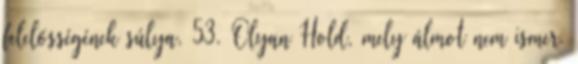
felelősségének súlya. 53. Olyan Hold, mely álmot nem ismer.